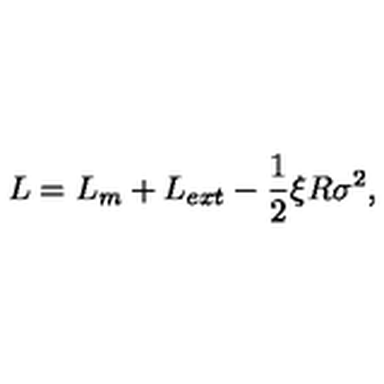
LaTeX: L = L _ { m } + L _ { e x t } - { \frac { 1 } { 2 } } \xi R \sigma ^ { 2 } ,